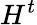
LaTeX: H^{t}